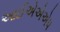
આઈએએએપ